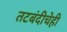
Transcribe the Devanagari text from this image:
तटबंदीचेही